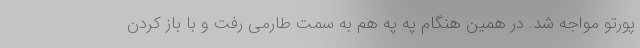
پورتو مواجه شد. در همین هنگام په په هم به سمت طارمی رفت و با باز کردن